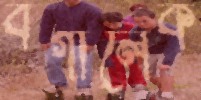
বগালেক